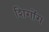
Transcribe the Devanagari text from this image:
शिगोंग